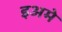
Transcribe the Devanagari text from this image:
इअमे